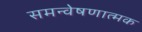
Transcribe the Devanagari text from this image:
समन्वेषणात्मक